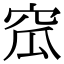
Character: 窊